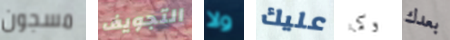
مسجون التجويف ولا عليك وكما بعدك